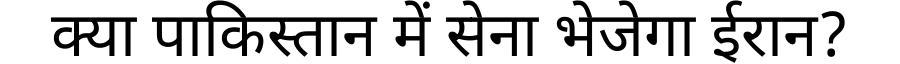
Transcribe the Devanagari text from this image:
क्या पाकिस्तान में सेना भेजेगा ईरान?